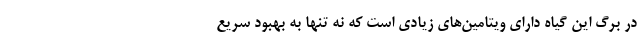
در برگ این گیاه دارای ویتامین‌های زیادی است که نه تنها به بهبود سریع